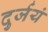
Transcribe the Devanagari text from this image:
दुर्जयं